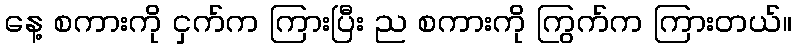
နေ့ စကားကို ငှက်က ကြားပြီး ည စကားကို ကြွက်က ကြားတယ်။